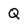
Character: Q